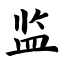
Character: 监